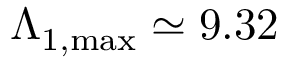
\Lambda _ { 1 , \mathrm { { m a x } } } \simeq 9 . 3 2